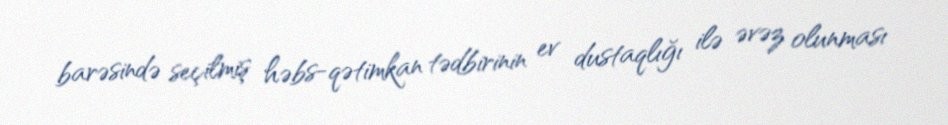
barəsində seçilmiş həbs-qətimkan tədbirinin ev dustaqlığı ilə əvəz olunması